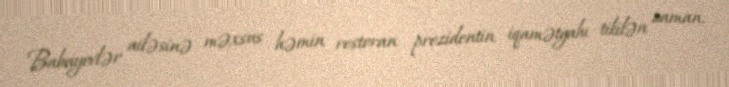
Babayevlər ailəsinə məxsus həmin restoran prezidentin iqamətgahı tikilən zaman,